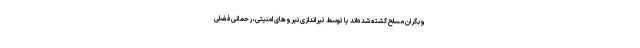
وبگران مسلح کشته شده‌اند یا توسط تیراندازی نیروهای امنیتی، رحمانی‌فضلی